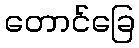
တောင်ခြေ